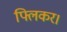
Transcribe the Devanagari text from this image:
फ्लिकर।